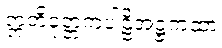
ဣတိဝုတ္တကပါဠိအဋ္ဌကထာ